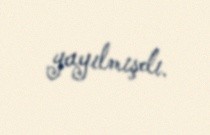
yayılmışdı.